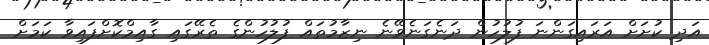
އަދި ކުށަށް އަރައިގަންނަ ފުލުހުން ދަނެގަނެވޭނެ ނިޒާމުތައް ފުލުހުންގެ ތެރޭގައި ގާއިމްކޮށްފައިވާ ކަމަށް